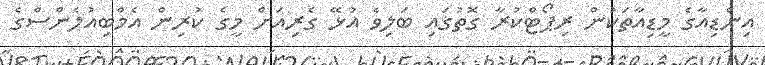
އިންޑިއާގެ މީޑިއާތަކުން ރިޕޯޓްކުރާ ގޮތުގައި ބަލިވެ އުޅޭ ގެރިއަށް މީގެ ކުރިން އެމްބިއުލެންސްގެ